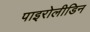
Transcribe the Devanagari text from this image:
पाइरोलीडिन